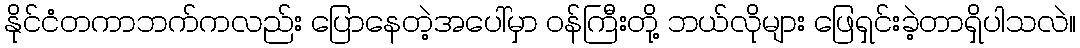
နိုင်ငံတကာဘက်ကလည်း ပြောနေတဲ့အပေါ်မှာ ဝန်ကြီးတို့ ဘယ်လိုများ ဖြေရှင်းခဲ့တာရှိပါသလဲ။